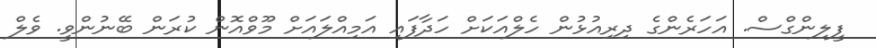
ފީލިންގްސް. އަހަރެންގެ ދިރިއުޅުން ހެލްއަކަށް ހަދާފައި އަމިއްލައަށް މޫވްއޮން ކުރަން ބޭނުންވީ. ވެލް